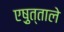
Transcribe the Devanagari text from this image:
एष़ुत्ताले